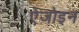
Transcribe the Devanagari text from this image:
ऐजोइन